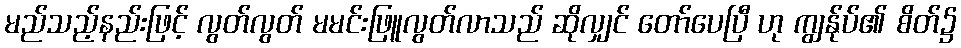
မည်သည့်နည်းဖြင့် လွတ်လွတ် မမင်းဖြူလွတ်လာသည် ဆိုလျှင် တော်ပေပြီ ဟု ကျွန်ုပ်၏ စိတ်၌